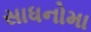
સાધનોમા